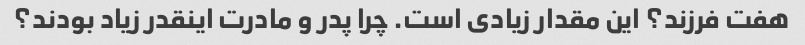
هفت فرزند؟ این مقدار زیادی است. چرا پدر و مادرت اینقدر زیاد بودند؟